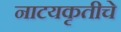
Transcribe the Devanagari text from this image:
नाटयकृतीचे